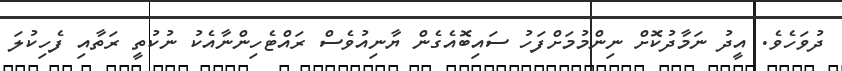
ދުވަހެވެ. އީދު ނަމާދުކޮށް ނިންމުމަށްފަހު ސައިބޮއެގެން ޔާނިއުވެސް ރައްޓެހިންނާއެކު ނުކުތީ ރަތާއި ފެހިކުލަ